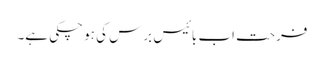
فرحت اب بائیس برس کی ہو چکی ہے۔